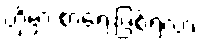
ဟိုမှာ စာရေးဖြစ်ရဲ့လား